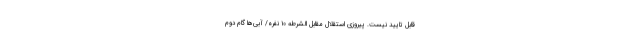
قابل تایید نیست. پیروزی استقلال مقابل الشرطه ۱۰ نفره/ آبی‌ها گام دوم